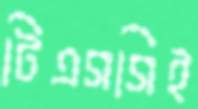
টিএসসিই